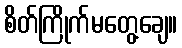
စိတ်ကြိုက်မတွေ့ချေ။